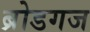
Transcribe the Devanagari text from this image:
ब्रोडगज